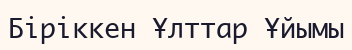
Біріккен Ұлттар Ұйымы